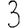
Digit: 3